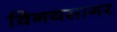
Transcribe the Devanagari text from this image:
विनयसागर